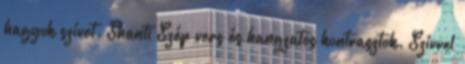
hagyok szívet. Shanti Szép vers és hangzatos kontrasztok. Szívvel